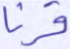
قرنا